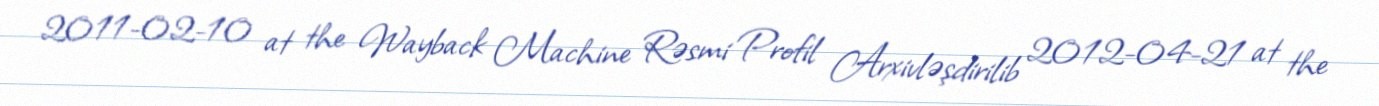
2011-02-10 at the Wayback Machine Rəsmi Profil Arxivləşdirilib 2012-04-21 at the